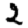
Digit: 2